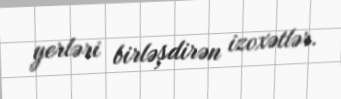
yerləri birləşdirən izoxətlər.